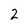
Character: 2